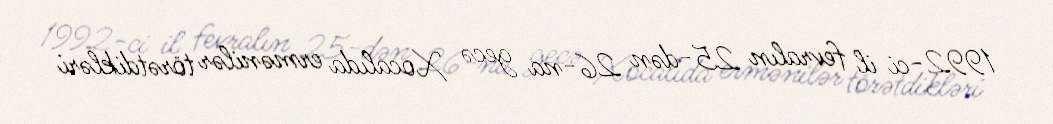
1992-ci il fevralın 25-dən 26-na gecə Xocalıda ermənilər törətdikləri